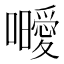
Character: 𭌥